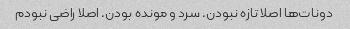
دونات‌ها اصلا تازه نبودن. سرد و مونده بودن. اصلا راضی نبودم